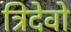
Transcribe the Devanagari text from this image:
त्रिदेवो